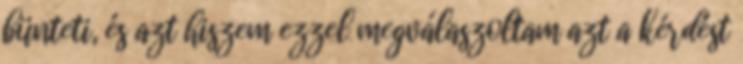
bünteti, és azt hiszem ezzel megválaszoltam azt a kérdést